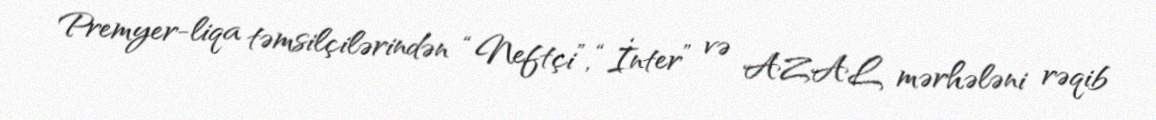
Premyer-liqa təmsilçilərindən “Neftçi”, “İnter” və AZAL mərhələni rəqib